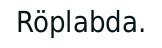
Röplabda.